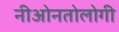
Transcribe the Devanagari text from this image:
नीओनतोलोगी